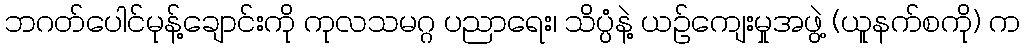
ဘဂတ်ပေါင်မုန့်ချောင်းကို ကုလသမဂ္ဂ ပညာရေး၊ သိပ္ပံနဲ့ ယဉ်ကျေးမှုအဖွဲ့ (ယူနက်စကို) က